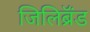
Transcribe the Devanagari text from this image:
जिलिब्रॅंड